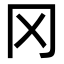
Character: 冈